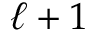
\ell + 1